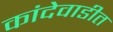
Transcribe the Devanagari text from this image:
कांदेवाडीत